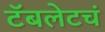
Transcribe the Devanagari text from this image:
टॅबलेटचं